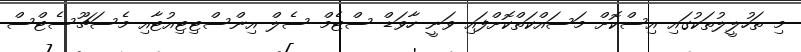
މި ތަހުލީލުތަކުގައި އިސްކޮށް މަސައްކަތްކޮށްފައި ވަނީ ހާވަޑް ސްޓެމް ސެލް އިންސްޓިޓިއުޓާއި މެސަޗޫސެޓްސް